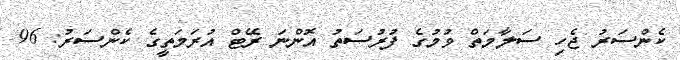
ކެންސަރު ޖެހި ސަލާމަތް ވުމުގެ ފުރުސަތު އޮންނަ ރޭޓް އުރަމަތީގެ ކެންސަރު: 96